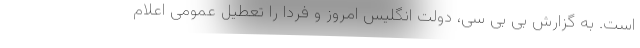
است. به گزارش بی بی سی، دولت انگلیس امروز و فردا را تعطیل عمومی اعلام